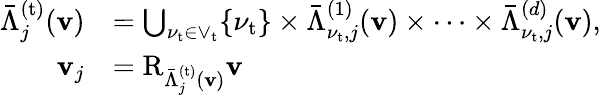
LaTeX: \begin{array}{rl}{\bar{\Lambda}_{j}^{(\mathrm{t})}(\mathbf{v})}&{=\bigcup_{\nu_{\mathrm{t}}\in\vee_{\mathrm{t}}}\{ \nu_{\mathrm{t}}\} \times\bar{\Lambda}_{\nu_{\mathrm{t}},j}^{(1)}(\mathbf{v})\times\cdots\times\bar{\Lambda}_{\nu_{\mathrm{t}},j}^{(d)}(\mathbf{v}),}\\ {\mathbf{v}_{j}}&{=\mathrm{R}_{\bar{\Lambda}_{j}^{(\mathrm{t})}(\mathbf{v})}\mathbf{v}}\end{array}